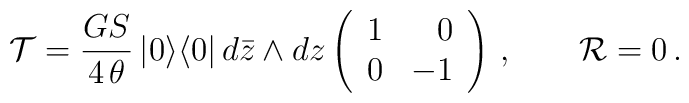
{\cal T}=\frac{GS}{4\,\theta}\,|0\rangle\langle 0|\,d\bar{z}\wedge dz\left(\begin{array}{rr}1 & 0 \\0 & -1\end{array}\right)\, ,\qquad{\cal R}=0\, .